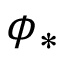
\phi _ { * }